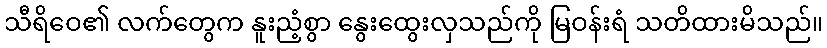
သီရိဝေ၏ လက်တွေက နူးညံ့စွာ နွေးထွေးလှသည်ကို မြဝန်းရံ သတိထားမိသည်။